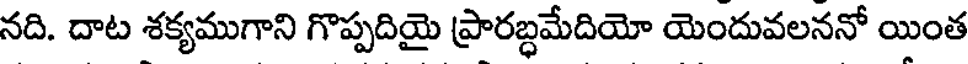
నది. దాట శక్యముగాని గొప్పదియై ప్రారబ్ధమేదియో యెందువలననో యింత